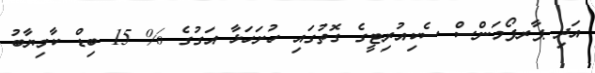
އަދި ޕާރފޯމަންސް ސެކިއުރިޓީގެ ގޮތުގައި ހުށަހަޅާ އަގުގެ % 15 ބިޑް ކާމިޔާބު